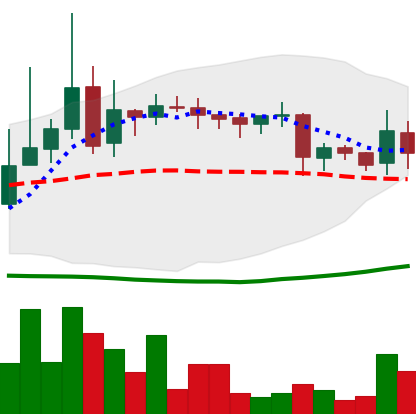
Ticker: LINK-USD
Chart end date: 2019-03-26
Forward return: 9.493%
Label: up_7plus